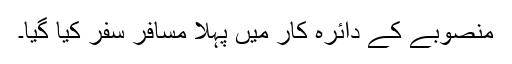
منصوبے کے دائرہ کار میں پہلا مسافر سفر کیا گیا۔